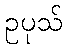
ဥပုသ်